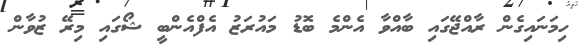
ހިމަނައިގެން ރާއްޖޭގައި ބާއްވާ އެންމެ ބޮޑު މައުރަޒު އެފްއެންބީ ޝޯގައި މިރޭ ޒުވާން